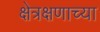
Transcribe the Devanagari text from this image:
क्षेत्रक्षणाच्या